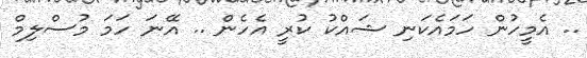
.. އެމީހުން ހަމައެކަނި ޝައްކު ކުރީ އެހެން .. އޭނަ ހަމަ މުސްލިމް